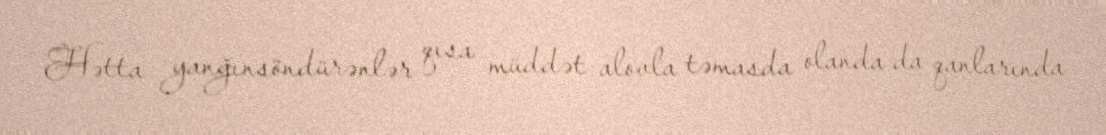
Hətta yanğınsöndürənlər qısa müddət alovla təmasda olanda da qanlarında